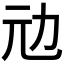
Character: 𠠺